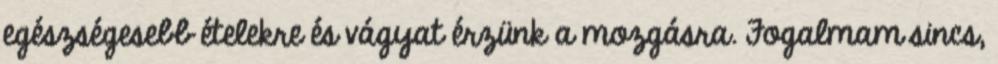
egészségesebb ételekre és vágyat érzünk a mozgásra. Fogalmam sincs,